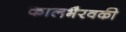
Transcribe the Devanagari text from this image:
कालभैरवकी